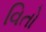
વિતો